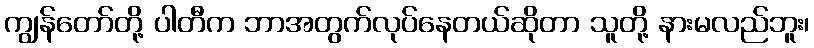
ကျွန်တော်တို့ ပါတီက ဘာအတွက်လုပ်နေတယ်ဆိုတာ သူတို့ နားမလည်ဘူး၊